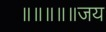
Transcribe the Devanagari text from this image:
॥॥॥॥॥जय